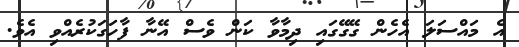
އެ މައްސަލަ އެހެން ގޭގޭގައި ދިމާވާ ކަން ވެސް އޭނާ ފާހަގަކުރެއްވި އެވެ.